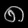
Digit: ၈